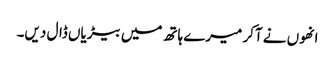
انھوں نے آکر میرے ہاتھ میں بیڑیاں ڈال دیں۔